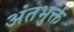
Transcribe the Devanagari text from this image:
अंतभुर्क्त